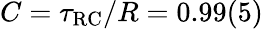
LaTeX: C=\tau_{\mathrm{{RC}}}/R=0.99(5)